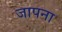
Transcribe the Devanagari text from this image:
जापना